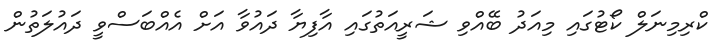
ކްރިމިނަލް ކޯޓުގައި މިއަދު ބޭއްވި ޝަރީއަތުގައި އާފިޔާ ދައުވާ އަށް އެއްބަސްވީ ދައުލަތުން